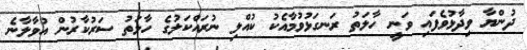
ދުންޔާ ވިދާޅުވެފައި ވަނީ ހާލަތު ރަނގަޅުވުމާއެކު ކުއްލި ނުރައްކަލުގެ ހާލަތު ސަރުކާރުން އުވާލާނެ